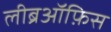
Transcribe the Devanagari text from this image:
लीब्रऑफ़िस